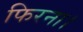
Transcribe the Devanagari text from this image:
फिरना।